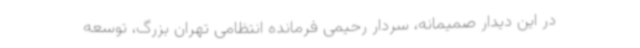
در این دیدار صمیمانه، سردار رحیمی فرمانده انتظامی تهران بزرگ، توسعه